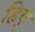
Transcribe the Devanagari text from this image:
हिप्